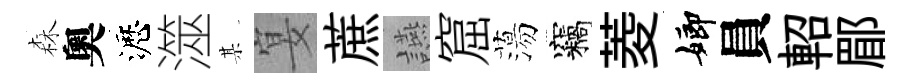
森奧瀝澨某宴蔗讌窟蕩竊菱嫏員軺郿